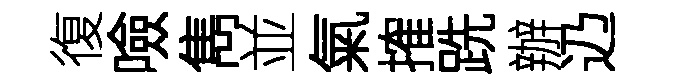
復噞雋並氣搉跣辦辸